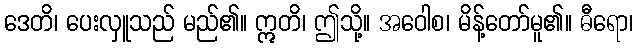
ဒေတိ၊ ပေးလှူသည် မည်၏။ ဣတိ၊ ဤသို့။ အဝေါစ၊ မိန့်တော်မူ၏။ ဓီရော၊